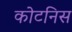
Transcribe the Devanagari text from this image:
कोटनिस